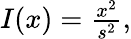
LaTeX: \begin{array}{r}{I(x)=\frac{x^{2}}{s^{2}},}\end{array}